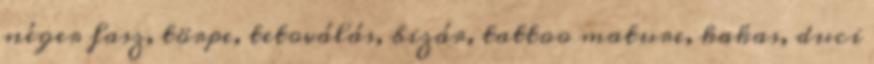
néger fasz, törpe, tetoválás, bizár, tattoo mature, kakas, duci